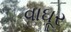
વાઘૂર